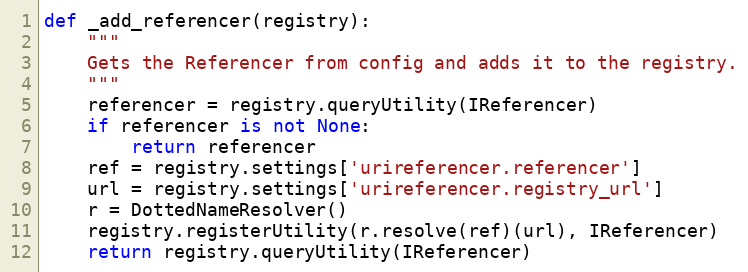
Language: Python
def _add_referencer(registry):
    """
    Gets the Referencer from config and adds it to the registry.
    """
    referencer = registry.queryUtility(IReferencer)
    if referencer is not None:
        return referencer
    ref = registry.settings['urireferencer.referencer']
    url = registry.settings['urireferencer.registry_url']
    r = DottedNameResolver()
    registry.registerUtility(r.resolve(ref)(url), IReferencer)
    return registry.queryUtility(IReferencer)